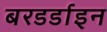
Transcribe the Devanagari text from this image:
बरडर्डाइन